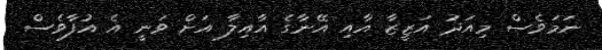
ނަމަވެސް މިއަދު އަޒީޒާ އާއި އޭނާގެ އާއިލާ އަށް ވަނީ އެ އުފާވެސް